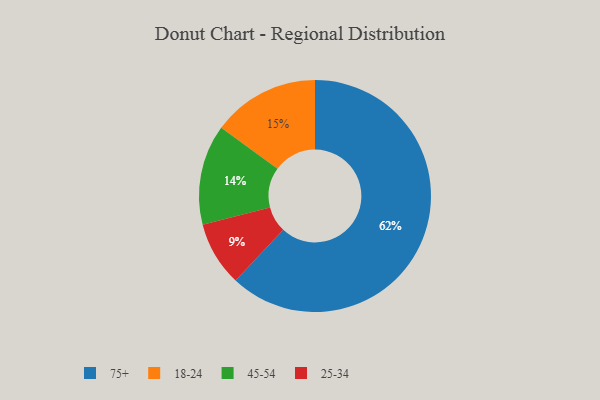
{"axis": {"x": "Category", "y": "Percentage"}, "legend": ["18-24", "25-34", "45-54", "75+"], "data": [{"x": "18-24", "y": 15, "type": "18-24"}, {"x": "25-34", "y": 9, "type": "25-34"}, {"x": "75+", "y": 62, "type": "75+"}, {"x": "45-54", "y": 14, "type": "45-54"}]}